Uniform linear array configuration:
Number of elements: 4
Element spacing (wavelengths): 0.5
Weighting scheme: hamming
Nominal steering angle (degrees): -15
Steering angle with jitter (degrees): -14.166
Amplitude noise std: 0.05
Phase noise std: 0.05

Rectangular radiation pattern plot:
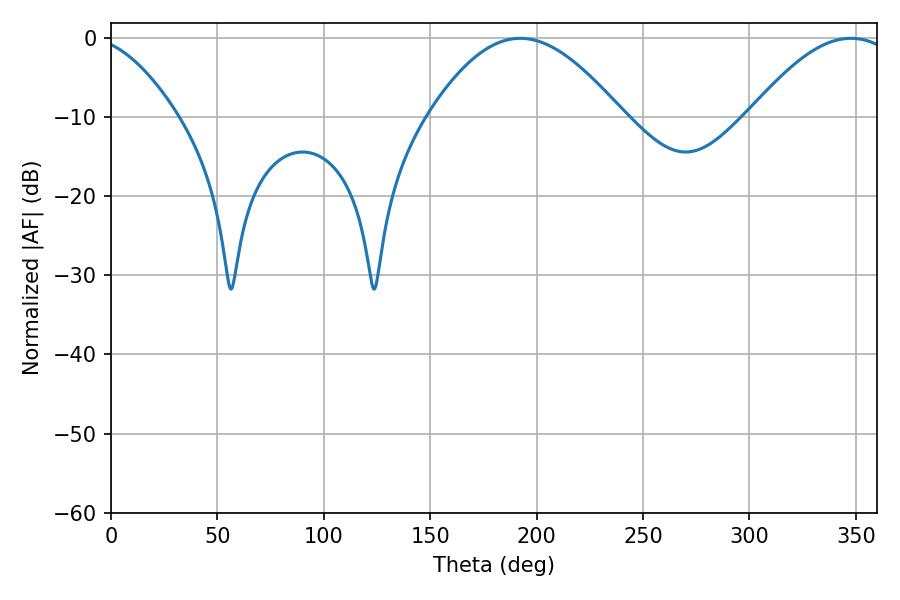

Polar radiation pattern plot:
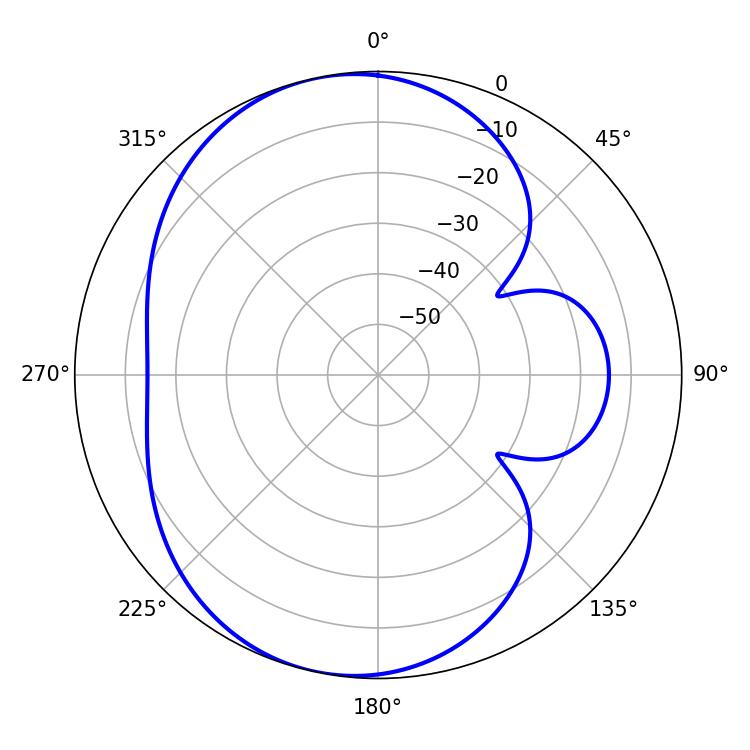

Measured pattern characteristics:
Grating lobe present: FALSE
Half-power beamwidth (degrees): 37.62
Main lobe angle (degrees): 347.76